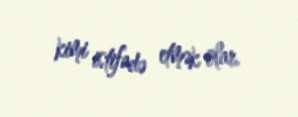
kimi istifadə etmək olar.